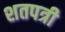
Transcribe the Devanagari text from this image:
शतपत्री